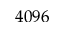
4 0 9 6